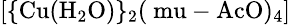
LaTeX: \mathrm{\small{[\{ Cu(H_{2}O)\} _{2}(\ mu-AcO)_{4}]}}